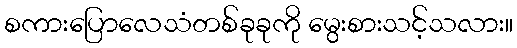
စကားပြောလေသံတစ်ခုခုကို မွေးစားသင့်သလား။